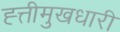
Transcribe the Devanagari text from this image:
ह्त्तीमुखधारी